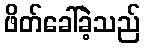
ဖိတ်ခေါ်ခဲ့သည်